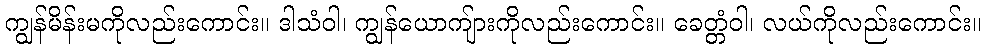
ကျွန်မိန်းမကိုလည်းကောင်း။ ဒါသံဝါ၊ ကျွန်ယောကျ်ားကိုလည်းကောင်း။ ခေတ္တံဝါ၊ လယ်ကိုလည်းကောင်း။